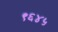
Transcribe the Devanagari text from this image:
९६४५